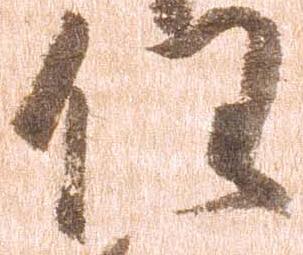
任